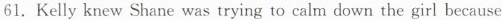
61.Kelly knew Shane was trying to calm down the girl because